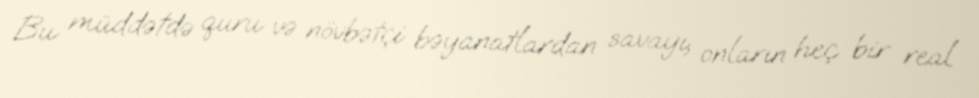
Bu müddətdə quru və növbətçi bəyanatlardan savayı, onların heç bir real